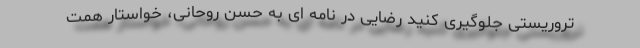
تروریستی جلوگیری کنید رضایی در نامه ای به حسن روحانی، خواستار همت